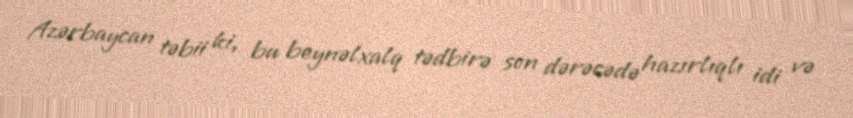
Azərbaycan təbii ki, bu beynəlxalq tədbirə son dərəcədə hazırlıqlı idi və